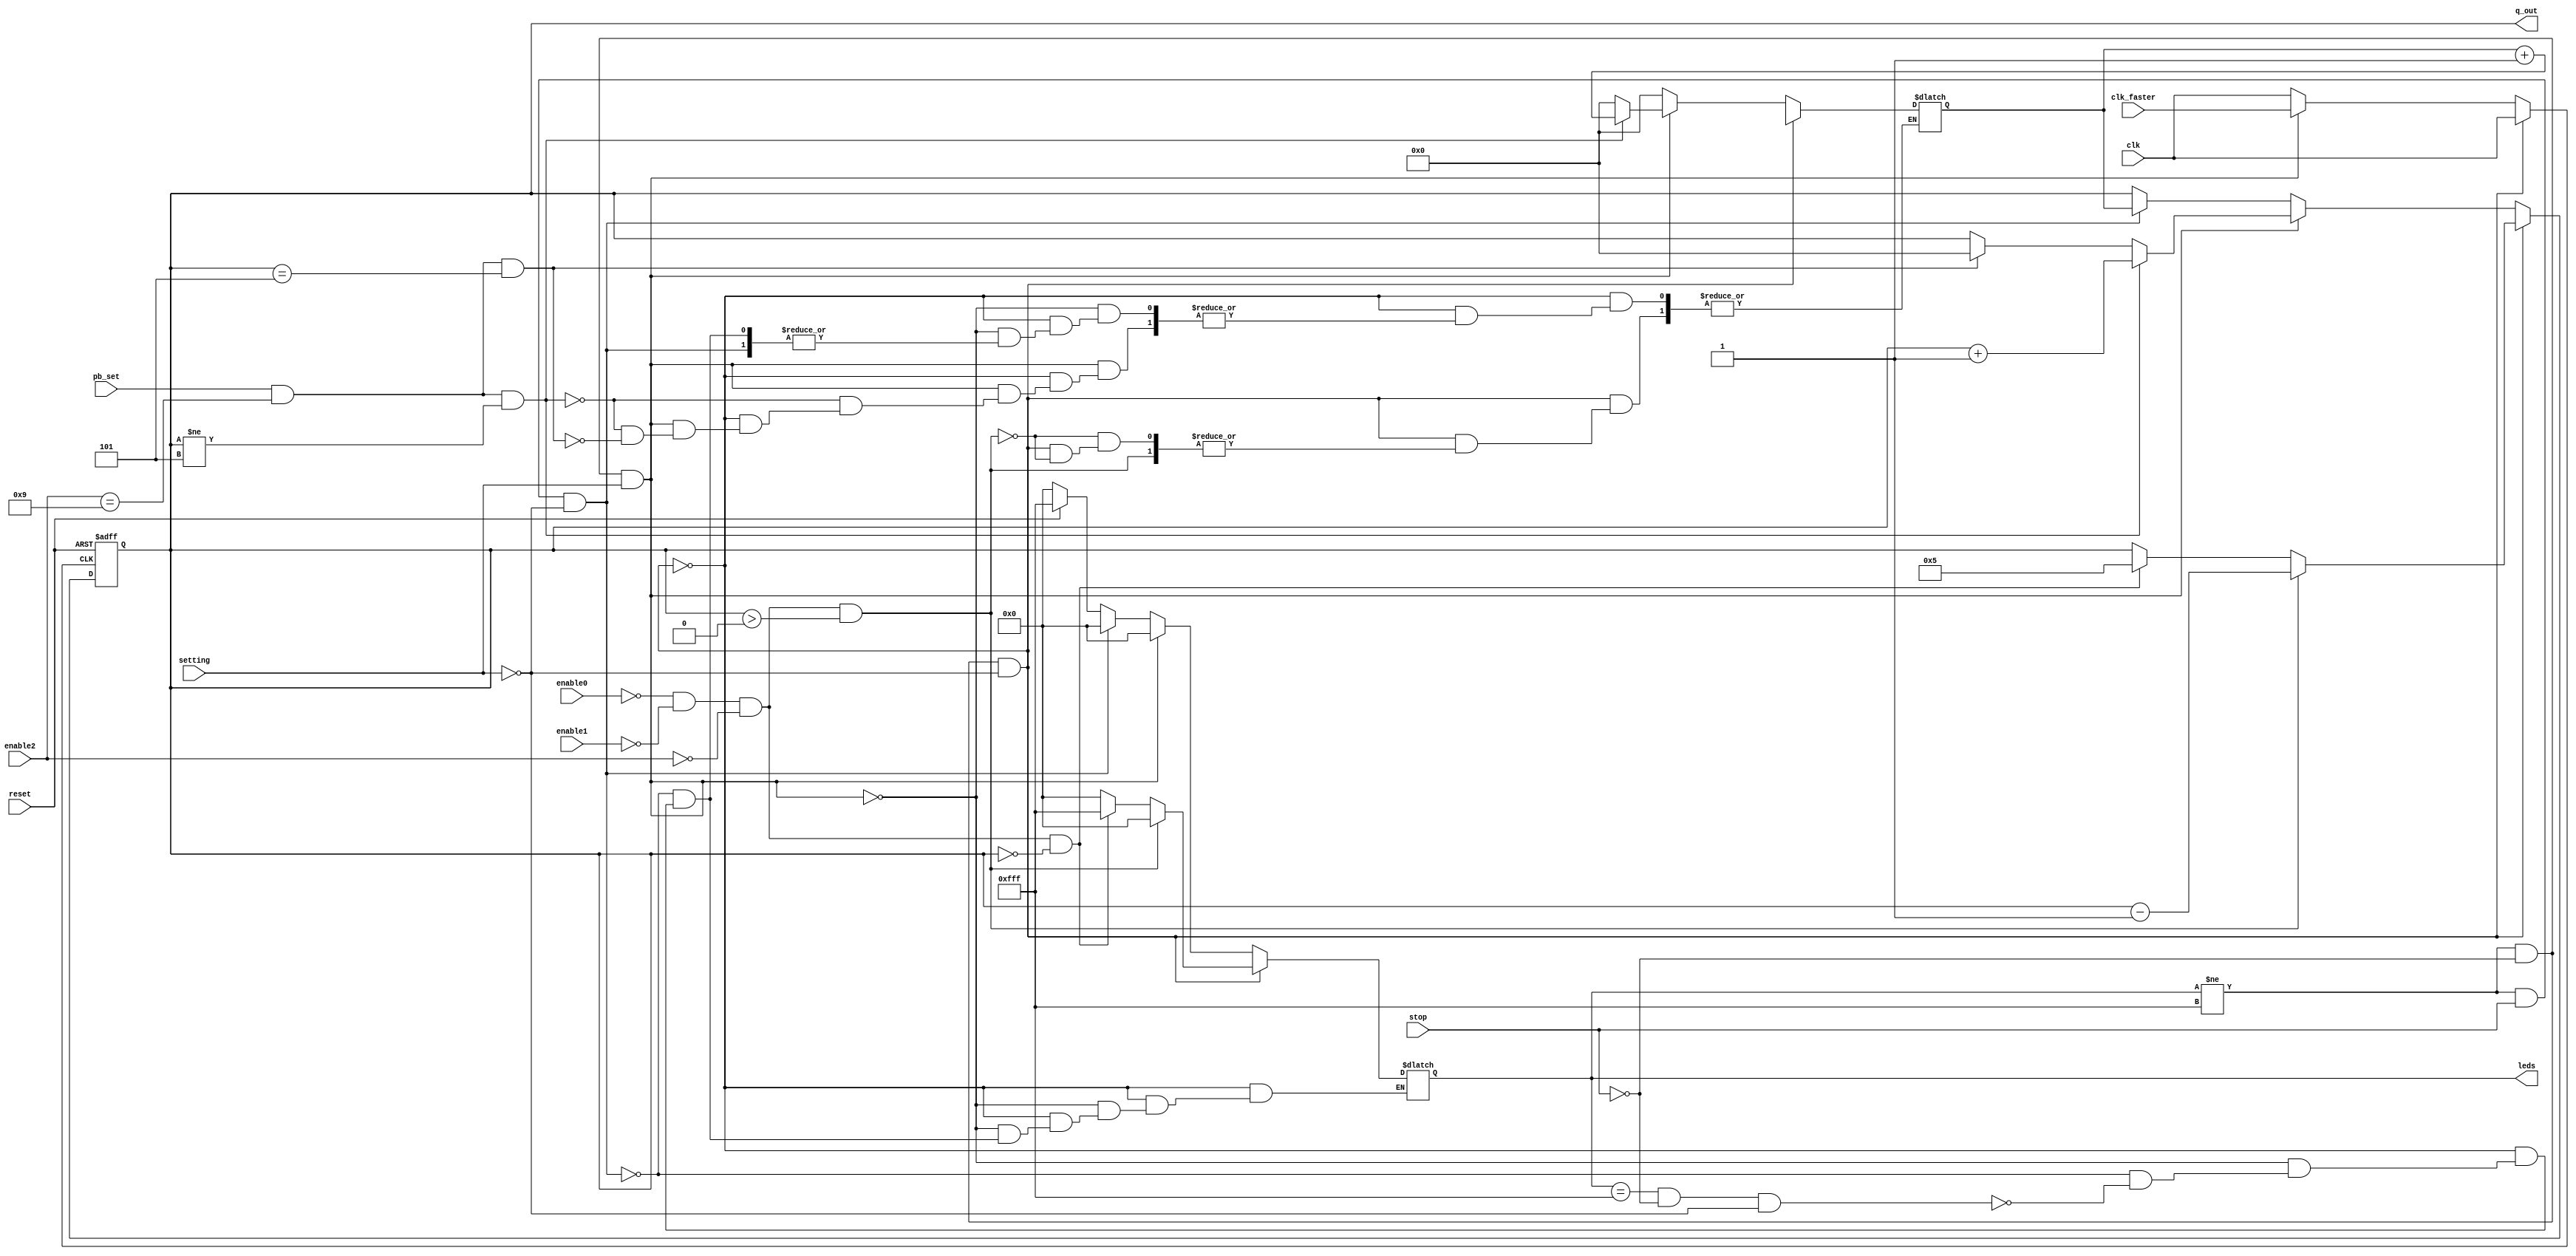
module syndwcnt3_BCD(
    leds,
    q_out, // counter output
    clk, // global clock
    clk_faster,
    reset, // active low reset
    stop,
    enable0,
    enable1,
    enable2,
    pb_set,
    setting
);

output [11:0] leds;
output [3:0] q_out; // counter output
input clk; // global clock
input clk_faster;
input reset; // active low reset
input stop;
input pb_set;
input setting;
input [3:0] enable0, enable1, enable2;

reg clk_counter, finish;
reg [3:0] q, q_out, count_temp, num;
reg [11:0] leds;

always @* begin
if (leds != 12'b111111111111 && ~stop && ~setting) begin
    clk_counter = clk;
    if (enable0 == 4'd0 && enable1 == 4'd0 && enable2 == 4'd0 && q > 4'd0) begin
        leds = 12'b000000000000;
        count_temp = q - 1'b1;
        num = num ;
    end
    else if (enable0 == 4'd0 && enable1 == 4'd0 && enable2 == 4'd0 && q == 4'd0) begin
        leds = 12'b111111111111;
        count_temp = 4'd5;
        num = num ;
    end
    else begin
        leds = 12'b000000000000;
        count_temp = q;
        num = num ;
    end
end
else if (leds != 12'b111111111111 &&  ~stop && setting) begin
    clk_counter = clk_faster;
    if (pb_set && enable2 == 4'd9 && q != 4'd5) begin
        leds = 12'b000000000000;
        count_temp = q + 1'b1;
        num = num + 1'b1;
    end
    else if (pb_set && enable2 == 4'd9 && q == 4'd5) begin
        leds = 12'b000000000000;
        count_temp = 4'd0;
        num = 1'b0;
    end
    else begin
        leds = 12'b000000000000;
        count_temp = q;
        num = num ;
    end
end
else if (leds != 12'b111111111111 && stop && ~setting) begin
    leds = 12'b000000000000;
    clk_counter = clk;
    count_temp = num;
    num = num;
end
else if (leds == 12'b111111111111 && ~stop && ~setting) begin
    if (~reset) leds = 12'b000000000000;
    else leds = 12'b111111111111;
    clk_counter = clk;
    count_temp = q;
    num = 0;
end
//else if (~reset) begin
//    leds = 12'b0000000000;
//    finish = 1'b0;
//end
else begin
    leds = leds;
    clk_counter = clk;
    count_temp = q;
    num = num ;
end

q_out = q;
end

always @(posedge clk_counter or negedge reset) begin
    if (~reset)
        q <= 4'd0;
    else 
        q <= count_temp;
end
endmodule